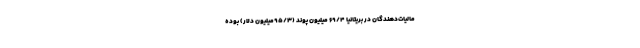
مالیات‌دهندگان در بریتانیا ۶۹/۴ میلیون پوند (۹۵/۳میلیون دلار) بوده